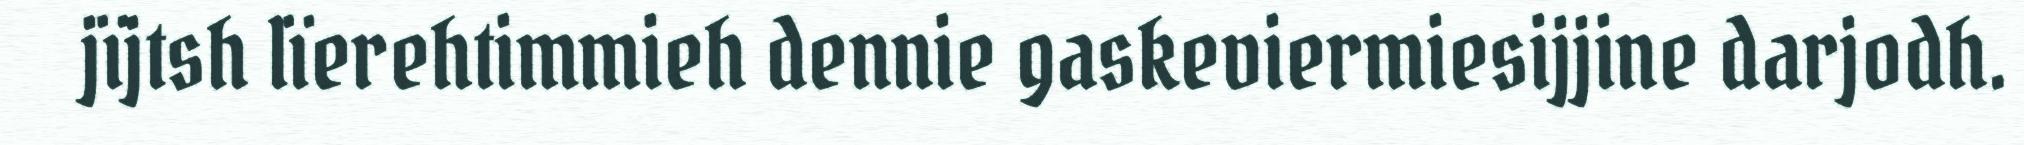
jïjtsh lïerehtimmieh dennie gaskeviermiesijjine darjodh.